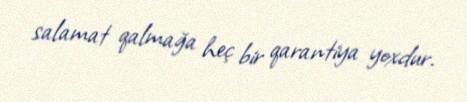
salamat qalmağa heç bir qarantiya yoxdur.